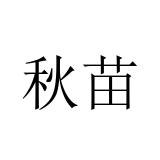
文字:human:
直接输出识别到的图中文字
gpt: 秋苗